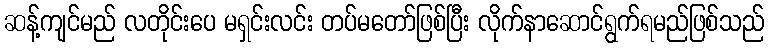
ဆန့်ကျင်မည် လတိုင်းပေ မရှင်းလင်း တပ်မတော်ဖြစ်ပြီး လိုက်နာဆောင်ရွက်ရမည်ဖြစ်သည်